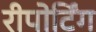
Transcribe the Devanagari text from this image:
रीपोर्टिंग